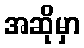
အဆိုမှာ